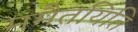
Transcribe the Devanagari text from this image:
ममैतयिति